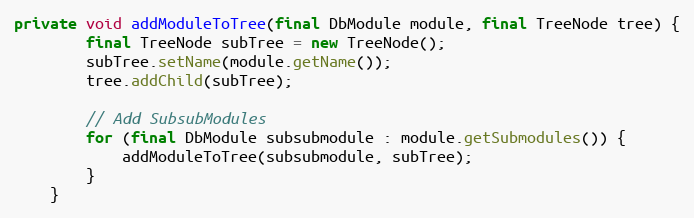
Language: Java
private void addModuleToTree(final DbModule module, final TreeNode tree) {
        final TreeNode subTree = new TreeNode();
        subTree.setName(module.getName());
        tree.addChild(subTree);

        // Add SubsubModules
        for (final DbModule subsubmodule : module.getSubmodules()) {
            addModuleToTree(subsubmodule, subTree);
        }
    }